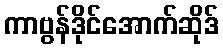
ကာဗွန်ဒိုင်အောက်ဆိုဒ်